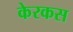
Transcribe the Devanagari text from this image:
केरकस